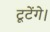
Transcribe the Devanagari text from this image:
टूटेंगे।